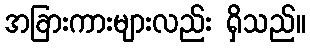
အခြားကားများလည်း ရှိသည်။